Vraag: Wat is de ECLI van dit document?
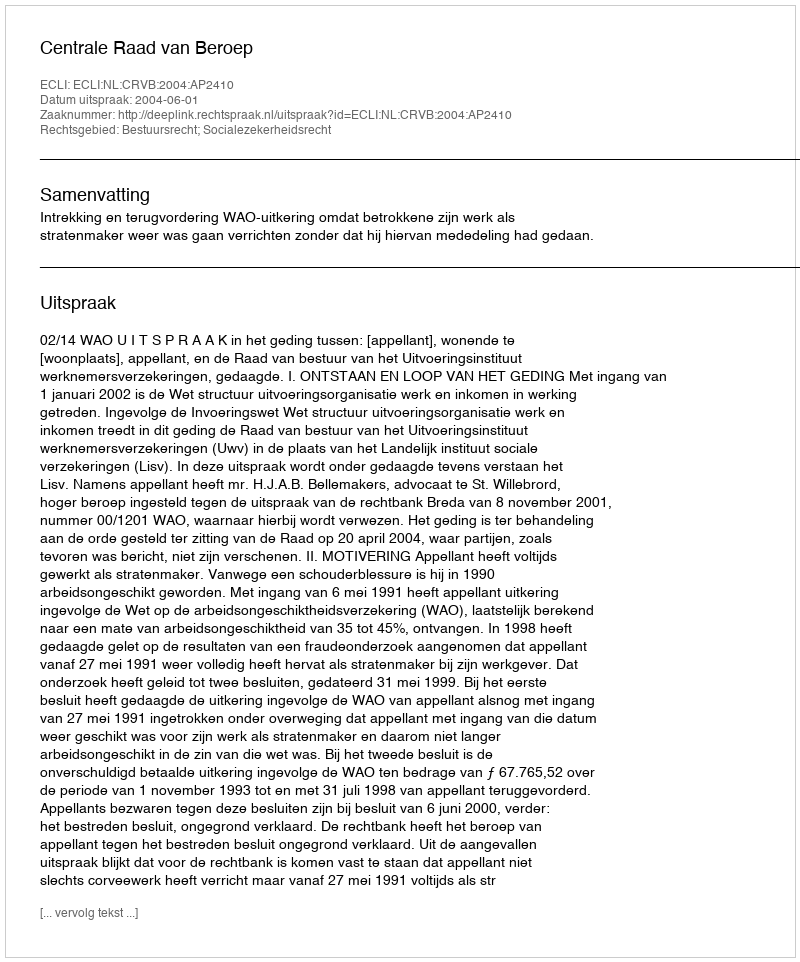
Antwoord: ECLI:NL:CRVB:2004:AP2410